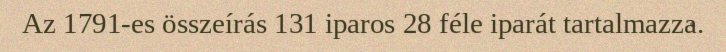
Az 1791-es összeírás 131 iparos 28 féle iparát tartalmazza.